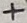
Text: +